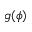
g ( \phi )